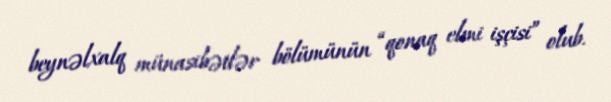
beynəlxalq münasibətlər bölümünün “qonaq elmi işçisi” olub.